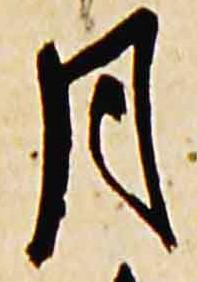
月